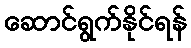
ဆောင်ရွက်နိုင်ရန်